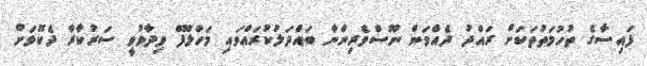
ފައިސާގެ ތުހުމަތުތަކަށް ރައްދު ދެއްވަން ނޫސްވެރިންނާ ބައްދަލުކުރައްވައި މަހްލޫފް ވިދާޅުވީ ސަރުކާރާ ދެކޮޅަށް